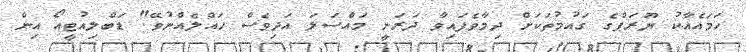
ހަމައެއާކު ޔޫރަޕްގެ ގައުމުތަކަށް ދިމާވެފައިވާ ދަރަނީ މައްސަލަ އަދިވެސް ހައްލެއްނުވޭ" ޑަބްލިއުޓީއޯ އިން